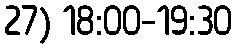
27) 18:00-19:30